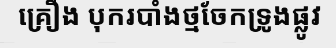
គ្រឿង បុករបាំងថ្មចែកទ្រូងផ្លូវ